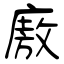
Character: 廒